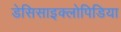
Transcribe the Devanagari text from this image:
डेसिसाइक्लोपिडिया